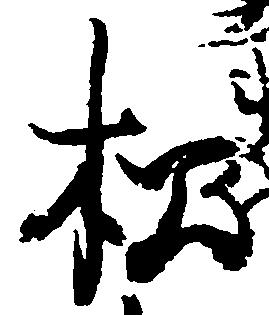
松